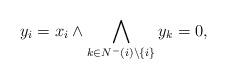
LaTeX: \begin{align*}y_i = x_i \land \bigwedge_{k \in N^-(i)\setminus\{i\}} y_k = 0,\end{align*}